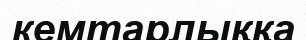
кемтарлыққа